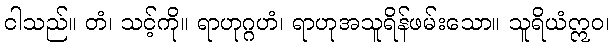
ငါသည်။ တံ၊ သင့်ကို။ ရာဟုဂ္ဂဟံ၊ ရာဟုအသူရိန်ဖမ်းသော။ သူရိယံဣဝ၊